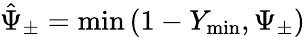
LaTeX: \hat{\Psi}_{\pm}=\operatorname*{min}\left(1-Y_{\operatorname*{min}},\Psi_{\pm}\right)